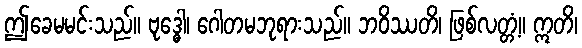
ဤခေမမင်းသည်။ ဗုဒ္ဓေါ၊ ဂေါတမဘုရားသည်။ ဘဝိဿတိ၊ ဖြစ်လတ္တံ့။ ဣတိ၊